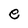
Character: e